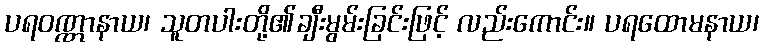
ပရဝဏ္ဏာနာယ၊ သူတပါးတို့၏ချီးမွမ်းခြင်းဖြင့် လည်းကောင်း။ ပရထောမနာယ၊